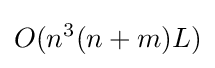
O(n^{3}(n+m)L)